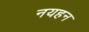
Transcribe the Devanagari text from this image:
नयहन